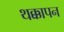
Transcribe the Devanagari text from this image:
थक्कापन